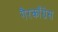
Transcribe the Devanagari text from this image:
गैरकाँग्रेस